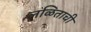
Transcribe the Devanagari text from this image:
लळिताची